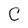
Character: C